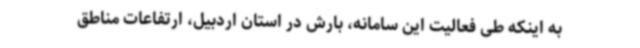
به اینکه طی فعالیت این سامانه، بارش در استان اردبیل، ارتفاعات مناطق